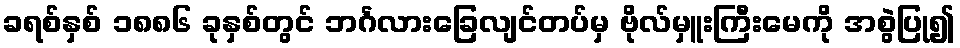
ခရစ်နှစ် ၁၈၈၆ ခုနှစ်တွင် ဘင်္ဂလားခြေလျင်တပ်မှ ဗိုလ်မှူးကြီးမေကို အစွဲပြု၍